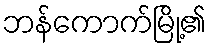
ဘန်ကောက်မြို့၏